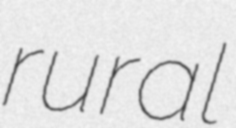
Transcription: rural